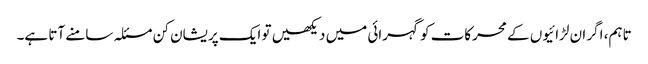
تاہم، اگر ان لڑائیوں کے محرکات کو گہرائی میں دیکھیں تو ایک پریشان کن مسئلہ سامنے آتا ہے۔